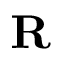
\mathbf { R }